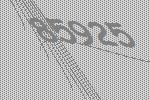
85925